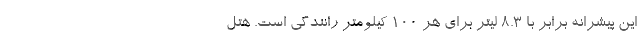
این پیشرانه برابر با 8.3 لیتر برای هر 100 کیلومتر رانندگی است. هتل